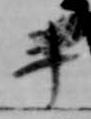
斗